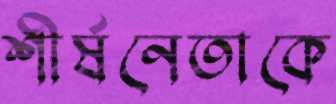
শীর্ষনেতাকে